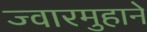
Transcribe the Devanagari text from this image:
ज्वारमुहाने